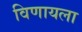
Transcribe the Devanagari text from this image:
विणायला